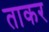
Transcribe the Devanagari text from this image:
ताकर